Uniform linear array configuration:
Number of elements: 8
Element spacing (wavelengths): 1
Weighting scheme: binomial
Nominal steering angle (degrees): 0
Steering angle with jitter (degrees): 1.514
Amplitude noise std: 0.05
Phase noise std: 0.05

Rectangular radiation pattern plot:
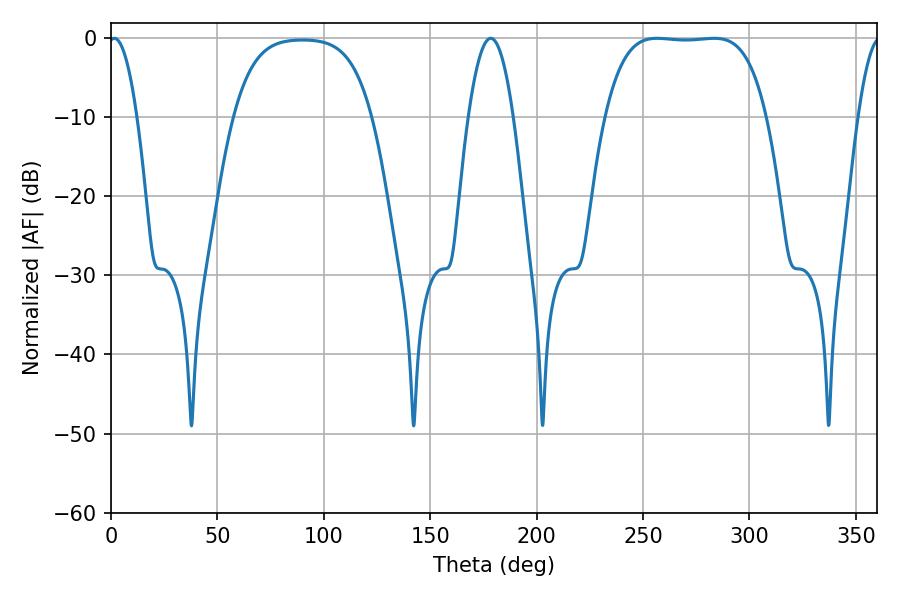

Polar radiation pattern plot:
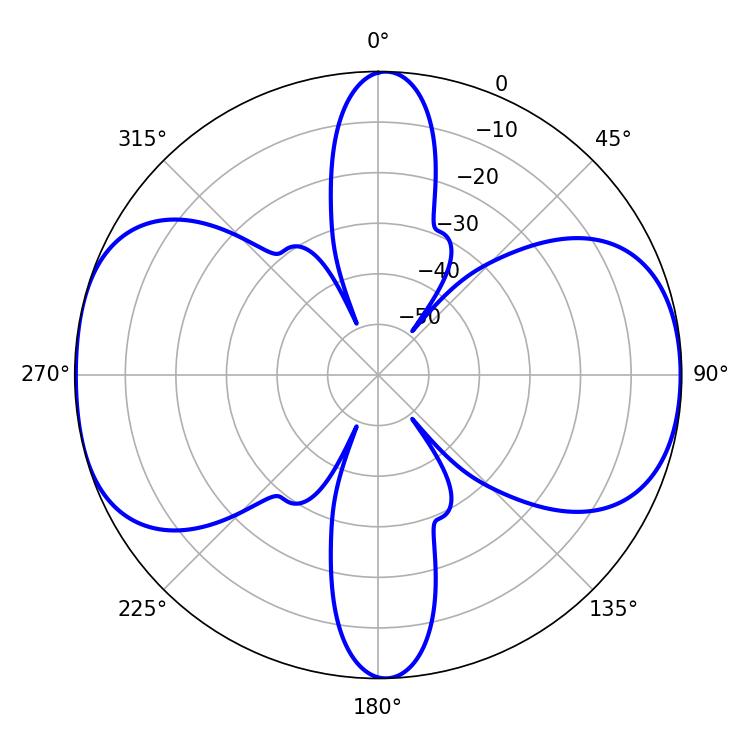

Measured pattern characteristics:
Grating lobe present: TRUE
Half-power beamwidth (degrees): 58.68
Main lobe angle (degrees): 256.5